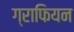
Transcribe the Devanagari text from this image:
ग्राफियन